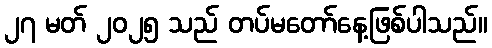
၂၇ မတ် ၂၀၂၅ သည် တပ်မတော်နေ့ဖြစ်ပါသည်။